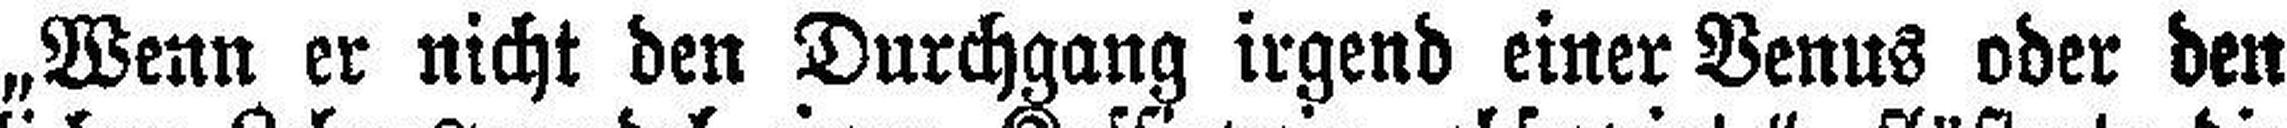
„Wenn er nicht den Durchgang irgend einer Venus oder den